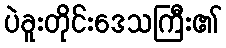
ပဲခူးတိုင်းဒေသကြီး၏